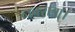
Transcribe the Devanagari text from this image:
नवरात्रा।